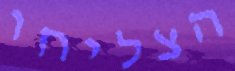
הצליחו